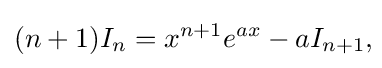
(n+1)I_{n}=x^{n+1}e^{ax}-aI_{n+1},\!